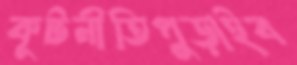
কূটনীতিপুড়াইব